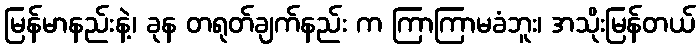
မြန်မာနည်းနဲ့၊ ခုန တရုတ်ချက်နည်း က ကြာကြာမခံဘူး၊ အသိုးမြန်တယ်